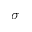
\sigma